38_143685_box7_Incident_Summaries_1-100
Agency: Department of War
Page 85
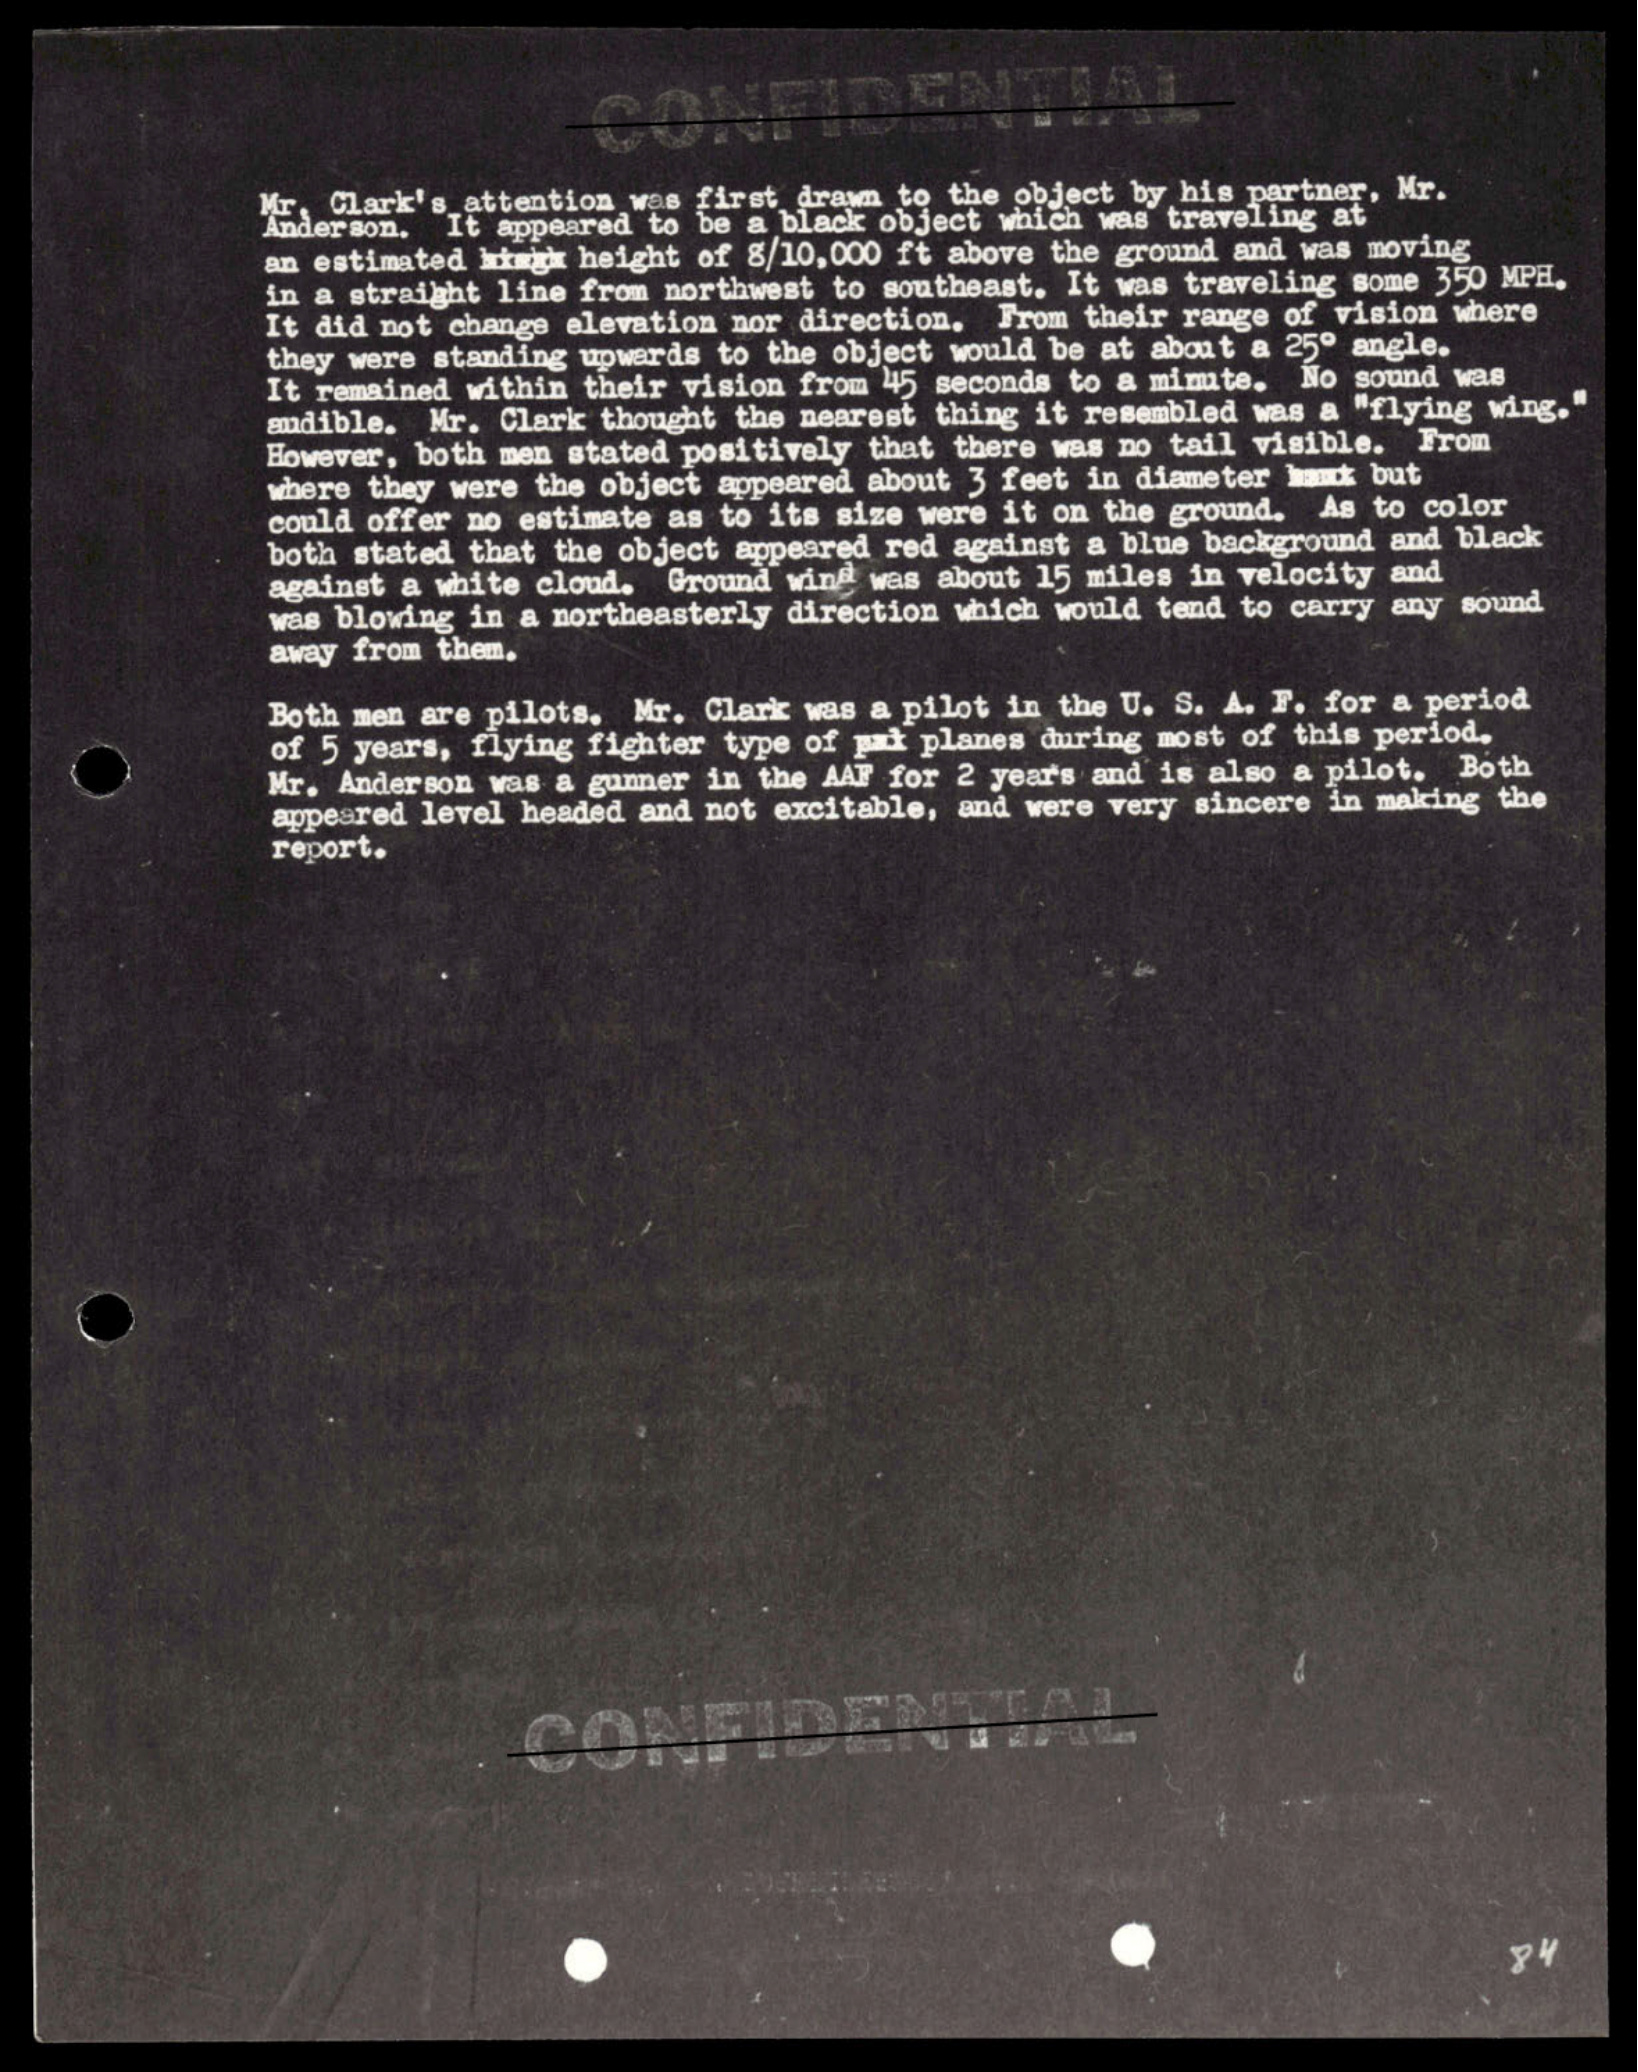